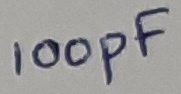
Text: 100pF